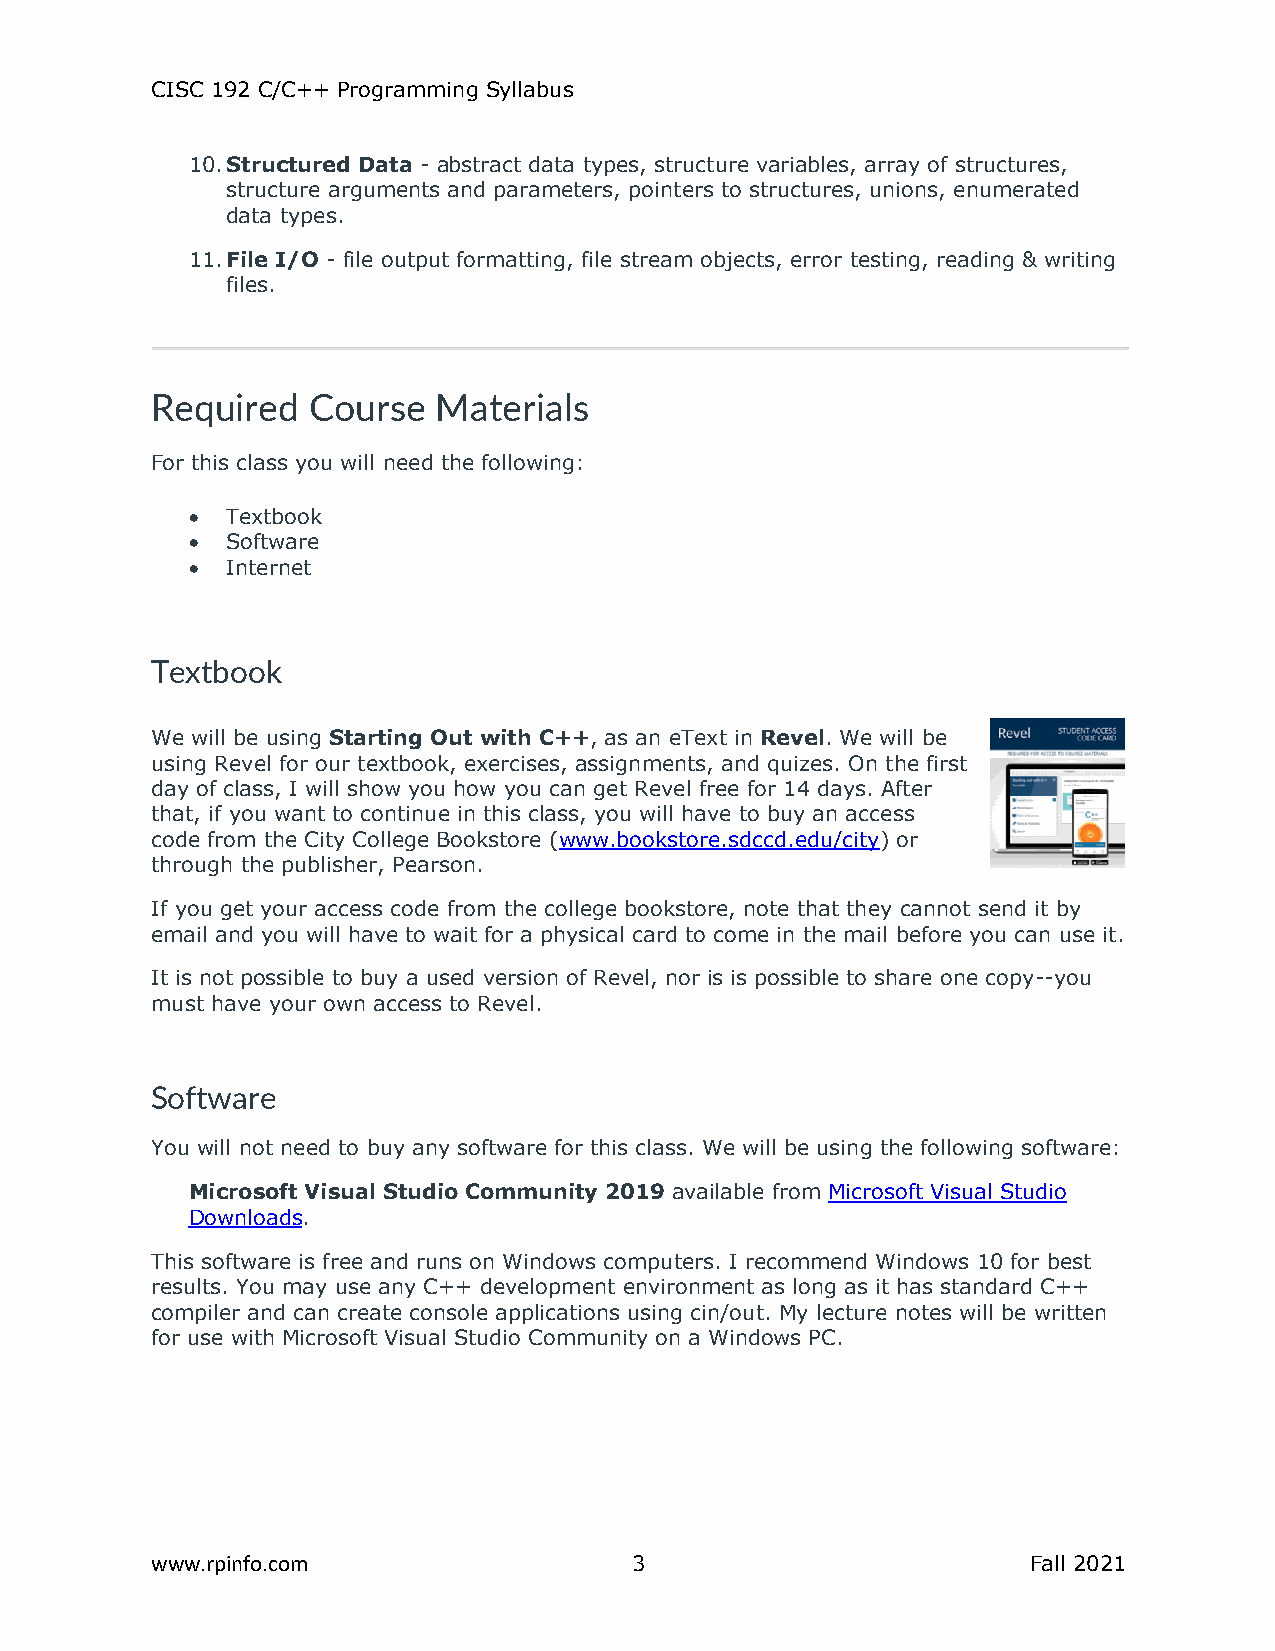
CISC 192 C/C++ Programming Syllabus
 10. Structured Data - abstract data types, structure variables, array of structures,
 structure arguments and parameters, pointers to structures, unions, enumerated
 data types.
 11. File I/O - file output formatting, file stream objects, error testing, reading & writing
 files.
 Required  Course   Materials
 For this class you will need the following:
 •  Textbook
 •  Software
 •  Internet
 Textbook
 We will be using Starting Out with C++, as an eText in Revel. We will be
 using Revel for our textbook, exercises, assignments, and quizes. On the first
 day of class, I will show you how you can get Revel free for 14 days. After
 that, if you want to continue in this class, you will have to buy an access
 code from the City College Bookstore (www.bookstore.sdccd.edu/city) or
 through the publisher, Pearson.
 If you get your access code from the college bookstore, note that they cannot send it by
 email and you will have to wait for a physical card to come in the mail before you can use it.
 It is not possible to buy a used version of Revel, nor is is possible to share one copy--you
 must have your own access to Revel.
 Software
 You will not need to buy any software for this class. We will be using the following software:
 Microsoft Visual Studio Community 2019 available from Microsoft Visual Studio
 Downloads.
 This software is free and runs on Windows computers. I recommend Windows 10 for best
 results. You may use any C++ development environment as long as it has standard C++
 compiler and can create console applications using cin/out. My lecture notes will be written
 for use with Microsoft Visual Studio Community on a Windows PC.
 www.rpinfo.com                  3                         Fall 2021